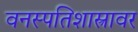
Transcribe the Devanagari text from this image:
वनस्पतिशास्त्रावर